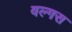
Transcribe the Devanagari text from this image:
वल्गस